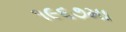
૧૯૬૭મા